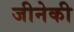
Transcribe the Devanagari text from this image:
जीनेकी